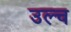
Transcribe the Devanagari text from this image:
उल्च